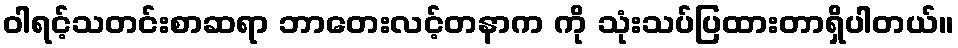
ဝါရင့်သတင်းစာဆရာ ဘာတေးလင့်တနာက ကို သုံးသပ်ပြထားတာရှိပါတယ်။